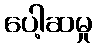
ပေါ့ဆမှု